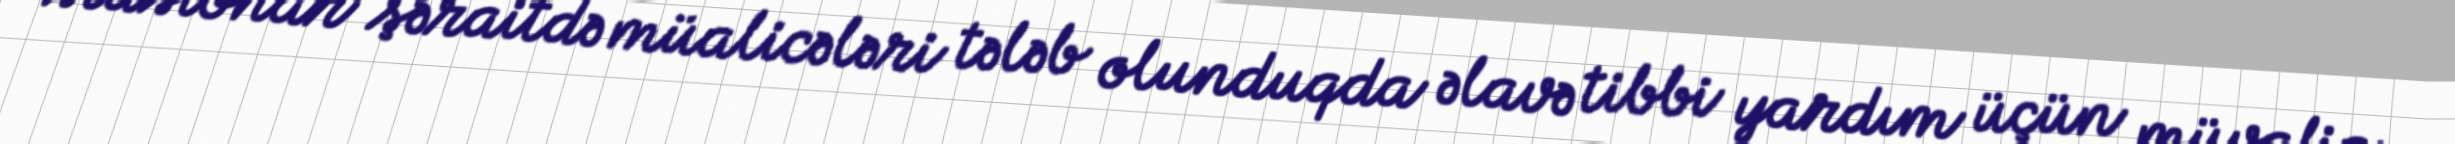
stasionar şəraitdə müalicələri tələb olunduqda əlavə tibbi yardım üçün müvafiq